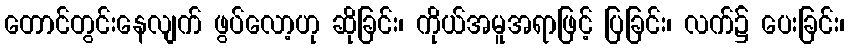
တောင်တွင်းနေလျက် ဖွပ်လော့ဟု ဆိုခြင်း၊ ကိုယ်အမူအရာဖြင့် ပြခြင်း၊ လက်၌ ပေးခြင်း၊